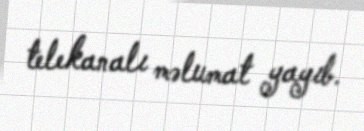
telekanalı məlumat yayıb.